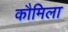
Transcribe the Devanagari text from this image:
कौमिला